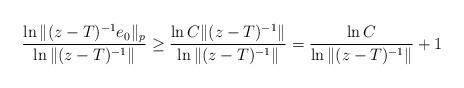
LaTeX: \begin{align*}\frac{\ln\|(z-T)^{-1}e_0\|_p}{\ln \|(z-T)^{-1}\|}\geq\frac{\ln C\|(z-T)^{-1}\|}{\ln\|(z-T)^{-1}\|}=\frac{\ln C}{\ln\|(z-T)^{-1}\|}+1\end{align*}